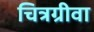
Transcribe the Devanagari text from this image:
चित्रग्रीवा